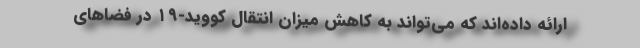
ارائه داده‌اند که می‌تواند به کاهش میزان انتقال کووید-۱۹ در فضاهای